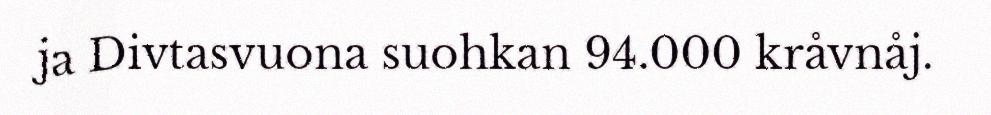
ja Divtasvuona suohkan 94.000 kråvnåj.